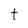
Character: t